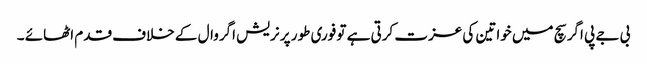
بی جے پی اگر سچ میں خواتین کی عزت کرتی ہے تو فوری طور پر نریش اگروال کے خلاف قدم اٹھائے ۔